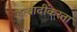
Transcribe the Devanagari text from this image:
इत्यादींकरता